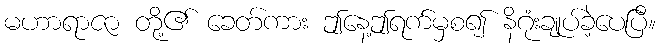
မဟာရာဇာ တို့၏ ခေတ်ကား ဤနေ့ဤရက်မှစ၍ နိဂုံးချုပ်ခဲ့ပေပြီ။